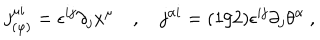
LaTeX: j _ { ( \varphi ) } ^ { \mu i } = \epsilon ^ { i j } \partial _ { j } x ^ { \mu } \quad , \quad j ^ { \alpha i } = ( 1 / 2 ) \epsilon ^ { i j } \partial _ { j } \theta ^ { \alpha } \ ,